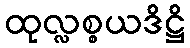
ထုလ္လစ္စယဒိဋ္ဌိ